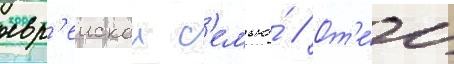
евр'еискои с'емье́ // От'е́ц